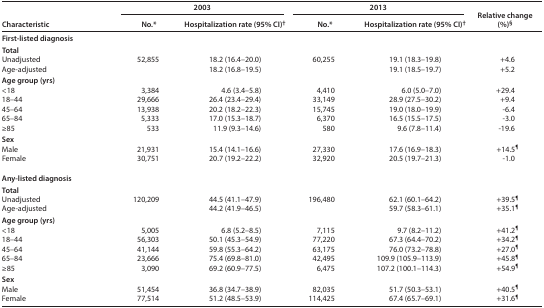
<table><thead><tr><td rowspan="2"><b>Characteristic</b></td><td colspan="2"><b>2003</b></td><td colspan="2"><b>2013</b></td><td rowspan="2"><b>Relative change (%)<sup>§</sup></b></td></tr><tr><td><b>No.*</b></td><td><b>Hospitalization rate (95% CI)<sup>†</sup></b></td><td><b>No.*</b></td><td><b>Hospitalization rate (95% CI)<sup>†</sup></b></td></tr></thead><tbody><tr><td colspan="6"><b>First-listed diagnosis</b></td></tr><tr><td colspan="6"><b>Total</b></td></tr><tr><td>Unadjusted</td><td rowspan="2">52,855</td><td>18.2 (16.4–20.0)</td><td rowspan="2">60,255</td><td>19.1 (18.3–19.8)</td><td>+4.6</td></tr><tr><td>Age-adjusted</td><td>18.2 (16.8–19.5)</td><td>19.1 (18.5–19.7)</td><td>+5.2</td></tr><tr><td colspan="6"><b>Age group (yrs)</b></td></tr><tr><td>&lt;18</td><td>3,384</td><td>4.6 (3.4–5.8)</td><td>4,410</td><td>6.0 (5.0–7.0)</td><td>+29.4</td></tr><tr><td>18–44</td><td>29,666</td><td>26.4 (23.4–29.4)</td><td>33,149</td><td>28.9 (27.5–30.2)</td><td>+9.4</td></tr><tr><td>45–64</td><td>13,938</td><td>20.2 (18.2–22.3)</td><td>15,745</td><td>19.0 (18.0–19.9)</td><td>−6.4</td></tr><tr><td>65–84</td><td>5,333</td><td>17.0 (15.3–18.7)</td><td>6,370</td><td>16.5 (15.5–17.5)</td><td>−3.0</td></tr><tr><td>≥85</td><td>533</td><td>11.9 (9.3–14.6)</td><td>580</td><td>9.6 (7.8–11.4)</td><td>−19.6</td></tr><tr><td colspan="6"><b>Sex</b></td></tr><tr><td>Male</td><td>21,931</td><td>15.4 (14.1–16.6)</td><td>27,330</td><td>17.6 (16.9–18.3)</td><td>+14.5<sup>¶</sup></td></tr><tr><td>Female</td><td>30,751</td><td>20.7 (19.2–22.2)</td><td>32,920</td><td>20.5 (19.7–21.3)</td><td>−1.0</td></tr><tr><td colspan="6"><b>Any-listed diagnosis</b></td></tr><tr><td colspan="6"><b>Total</b></td></tr><tr><td>Unadjusted</td><td rowspan="2">120,209</td><td>44.5 (41.1–47.9)</td><td rowspan="2">196,480</td><td>62.1 (60.1–64.2)</td><td>+39.5<sup>¶</sup></td></tr><tr><td>Age-adjusted</td><td>44.2 (41.9–46.5)</td><td>59.7 (58.3–61.1)</td><td>+35.1<sup>¶</sup></td></tr><tr><td colspan="6"><b>Age group (yrs)</b></td></tr><tr><td>&lt;18</td><td>5,005</td><td>6.8 (5.2–8.5)</td><td>7,115</td><td>9.7 (8.2–11.2)</td><td>+41.2<sup>¶</sup></td></tr><tr><td>18–44</td><td>56,303</td><td>50.1 (45.3–54.9)</td><td>77,220</td><td>67.3 (64.4–70.2)</td><td>+34.2<sup>¶</sup></td></tr><tr><td>45–64</td><td>41,144</td><td>59.8 (55.3–64.2)</td><td>63,175</td><td>76.0 (73.2–78.8)</td><td>+27.0<sup>¶</sup></td></tr><tr><td>65–84</td><td>23,666</td><td>75.4 (69.8–81.0)</td><td>42,495</td><td>109.9 (105.9–113.9)</td><td>+45.8<sup>¶</sup></td></tr><tr><td>≥85</td><td>3,090</td><td>69.2 (60.9–77.5)</td><td>6,475</td><td>107.2 (100.1–114.3)</td><td>+54.9<sup>¶</sup></td></tr><tr><td colspan="6"><b>Sex</b></td></tr><tr><td>Male</td><td>51,454</td><td>36.8 (34.7–38.9)</td><td>82,035</td><td>51.7 (50.3–53.1)</td><td>+40.5<sup>¶</sup></td></tr><tr><td>Female</td><td>77,514</td><td>51.2 (48.5–53.9)</td><td>114,425</td><td>67.4 (65.7–69.1)</td><td>+31.6<sup>¶</sup></td></tr></tbody></table>